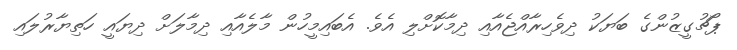
ޕޯޗުގީޒުންގެ ބަޔަކު ދިވެހިރާއްޖެއާއި ދިމާކޮށްލި އެވެ. އެބައިމީހުން މާލެއާއި ދިމާލަށް ދިޔައީ ހަތިޔާރުލައި